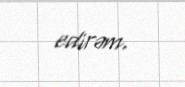
edirəm.